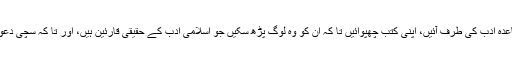
اچھے مداح ان کو لکھ سکتے ہیں کہ وہ باقاعدہ ادب کی طرف آئیں، اپنی کتب چھپوائیں تا کہ ان کو وہ لوگ پڑھ سکیں جو اسلامی ادب کے حقیقی قارئین ہیں، اور تا کہ سچی دعوت دین کو ان کی آواز سے مضبوطی ملے۔